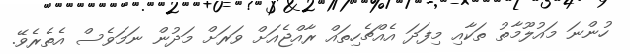
ހުންނަ މައުލޫމާތު ތަކާއި މިފަދަ އެއްޗެހިތައް ރާއްޖެއަށް ވަރަށް މަދުން ނަމަވެސް އެތެރެވޭ.